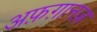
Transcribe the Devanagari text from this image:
अफ़ग़ानज़